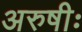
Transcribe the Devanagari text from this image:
अरुषीः